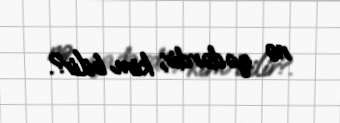
nə qədərdir, kim bilir?.